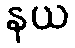
နယ